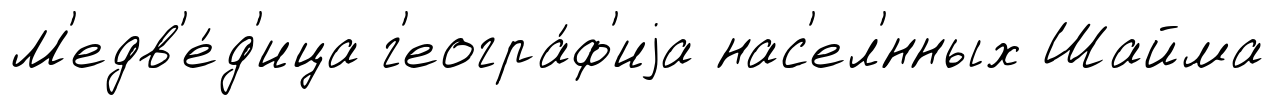
М'едв'е́д'ица г'еогра́ф'иjа нас'ел'́нных Шайма